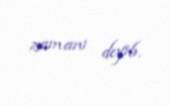
zamanı deyib.